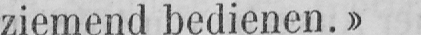
ziemend bedienen.»